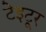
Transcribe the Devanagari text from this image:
टेइटूर